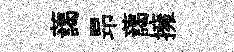
藹昻藹擁